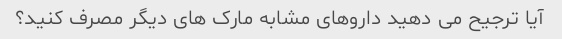
آیا ترجیح می دهید داروهای مشابه مارک های دیگر مصرف کنید؟